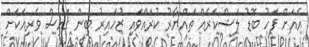
އެއަށް ފަހު ބޮޑު ލަޝްކަރެއް ތައްޔާރު ކުރައްވައި ޒުހައިރު ބިން ޤައިސް ވެރިއަކަށް